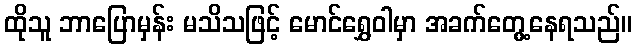
ထိုသူ ဘာပြောမှန်း မသိသဖြင့် မောင်ရွှေဝါမှာ အခက်တွေ့နေရသည်။